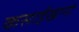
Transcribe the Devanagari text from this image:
कसाईखानों